Annual administration report of the Civil Veterinary Department, Ajmere-Merwara, British Rajputana - 1914-1940
Year: 1914
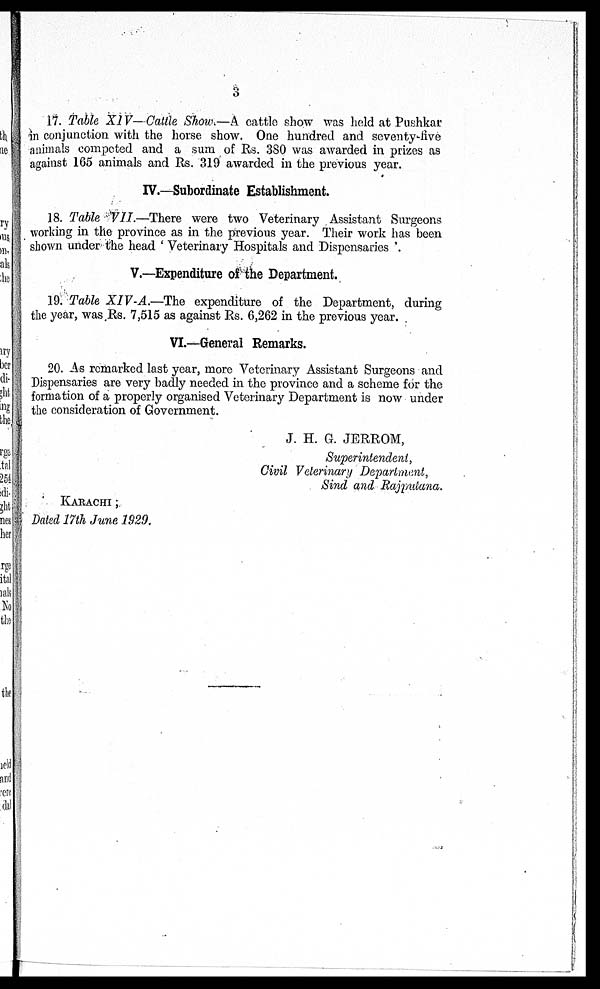
3
17. Table XIV—Cattle Show.—A cattle show was held at Pushkar
in conjunction with the horse show. One hundred and seventy-five
animals competed and a sum of Rs. 380 was awarded in prizes as
against 165 animals and Rs. 319 awarded in the previous year.
IV.—Subordinate Establishment.
18. Table VII—There were two Veterinary Assistant Surgeons
working in the province as in the previous year. Their work has been
shown under the head ' Veterinary Hospitals and Dispensaries
V.—Expenditure of the Department.
19. Table XIV-A.—The expenditure of the Department, during
the year, was Rs. 7,515 as against Rs. 6,262 in the previous year.
VI.—General Remarks.
20. As remarked last year, more Veterinary Assistant Surgeons and
Dispensaries are very badly needed in the province and a scheme for the
formation of a properly organised Veterinary Department is now under
the consideration of Government.
J. H. G. JERROM,
Superintendent,
Civil Veterinary Department,
Sind and Rajputana.
KARACHI ;
Dated 17th June 1929.